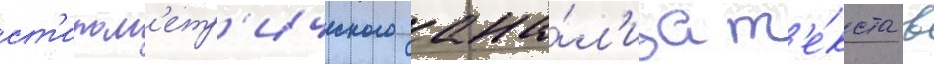
ст'илом'етр'ического ана́л'иза т'е́кста в